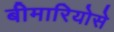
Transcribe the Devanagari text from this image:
बीमारियोसे